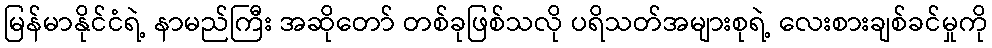
မြန်မာနိုင်ငံရဲ့ နာမည်ကြီး အဆိုတော် တစ်ခုဖြစ်သလို ပရိသတ်အများစုရဲ့ လေးစားချစ်ခင်မှုကို